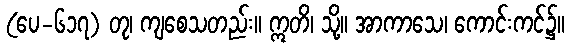
(ပေ-၆၁၇) တု၊ ကျစေသတည်း။ ဣတိ၊ သို့။ အာကာသေ၊ ကောင်းကင်၌။